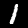
Digit: 1